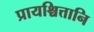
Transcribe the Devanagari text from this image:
प्रायश्चित्तानि